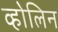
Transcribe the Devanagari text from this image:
व्होलिन